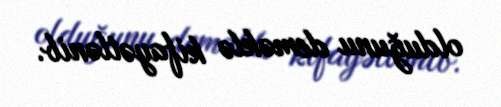
olduğunu deməklə kifayətlənib.